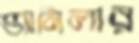
ভ্যানিলার